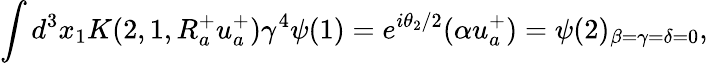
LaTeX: \int d^{3}x_{1}K(2,1,R_{a}^{+}u_{a}^{+})\gamma^{4}\psi(1)=e^{i\theta_{2}/2}(\alpha u_{a}^{+})=\psi(2)_{\beta=\gamma=\delta=0},